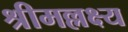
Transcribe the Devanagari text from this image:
श्रीमल्लक्ष्य